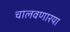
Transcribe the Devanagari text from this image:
चालवणारया